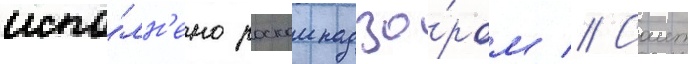
испо́лн'ено роскомнадзо́ром // Саит